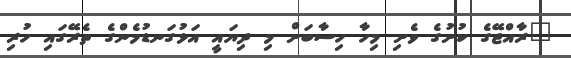
"ރާއްޖޭގެ ކުށުގެ ވެށި މިހާ ހިސާބަށް މި ދިޔައީ އަޅުގަނޑުމެންގެ ތެރޭގައި ހުރި